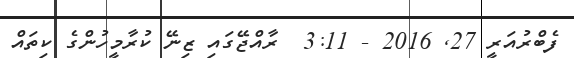
ފެބްރުއަރީ 27